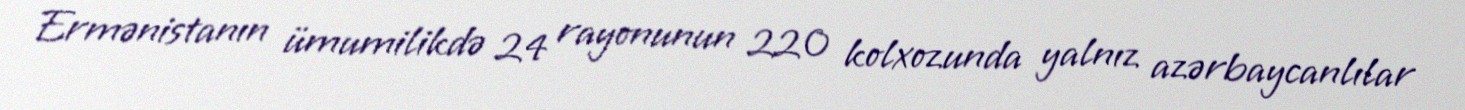
Ermənistanın ümumilikdə 24 rayonunun 220 kolxozunda yalnız azərbaycanlılar